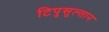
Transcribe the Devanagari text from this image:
टिपुसुल्तान